Subject: physics
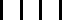
LaTeX code:
\begin{tikzpicture}
\draw[line width=1] (0,0) -- (0.,-0.25);
\draw[line width=1] (0.25,0) -- (0.25,-0.25);
\draw[line width=1] (0.5,0) -- (0.5,-0.25);
\draw[line width=1] (0.75,0) -- (0.75,-0.25);
\end{tikzpicture}